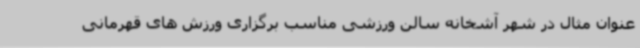
عنوان مثال در شهر آشخانه سالن ورزشی مناسب برگزاری ورزش های قهرمانی